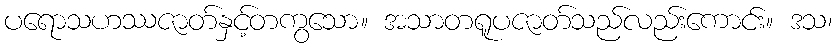
ပရောသဟဿဇာတ်နှင့်တကွသော။ အသာတရူပဇာတ်သည်လည်းကောင်း။ ဒသ၊